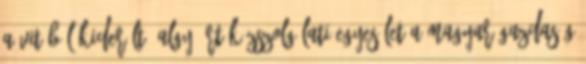
A vitából kiderült: AlgyŒért Közszolgálati Egyesület A MAGYAR GAZDASÁG